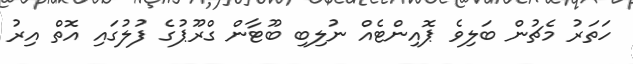
ހަތަރު މެޗުން ބަލިވެ ޕޮއިންޓެއް ނުލިބި ބޫޓާން ގްރޫޕުގެ ފުލުގައި އޮތް އިރު